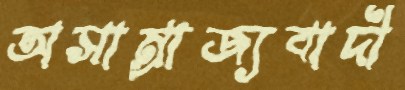
অসাম্রাজ্যবাদী